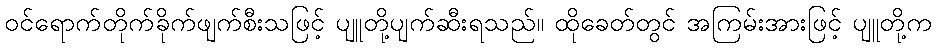
ဝင်ရောက်တိုက်ခိုက်ဖျက်စီးသဖြင့် ပျူတို့ပျက်ဆီးရသည်။ ထိုခေတ်တွင် အကြမ်းအားဖြင့် ပျူတို့က